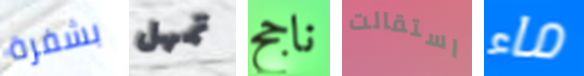
بشفرة تمهل ناجح استقالت ماء